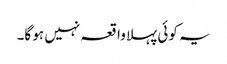
یہ کوئی پہلا واقعہ نہیں ہو گا۔